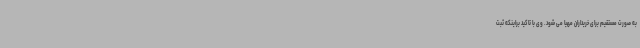
به صورت مستقیم برای خریداران مهیا می شود. وی با تاکید براینکه ثبت